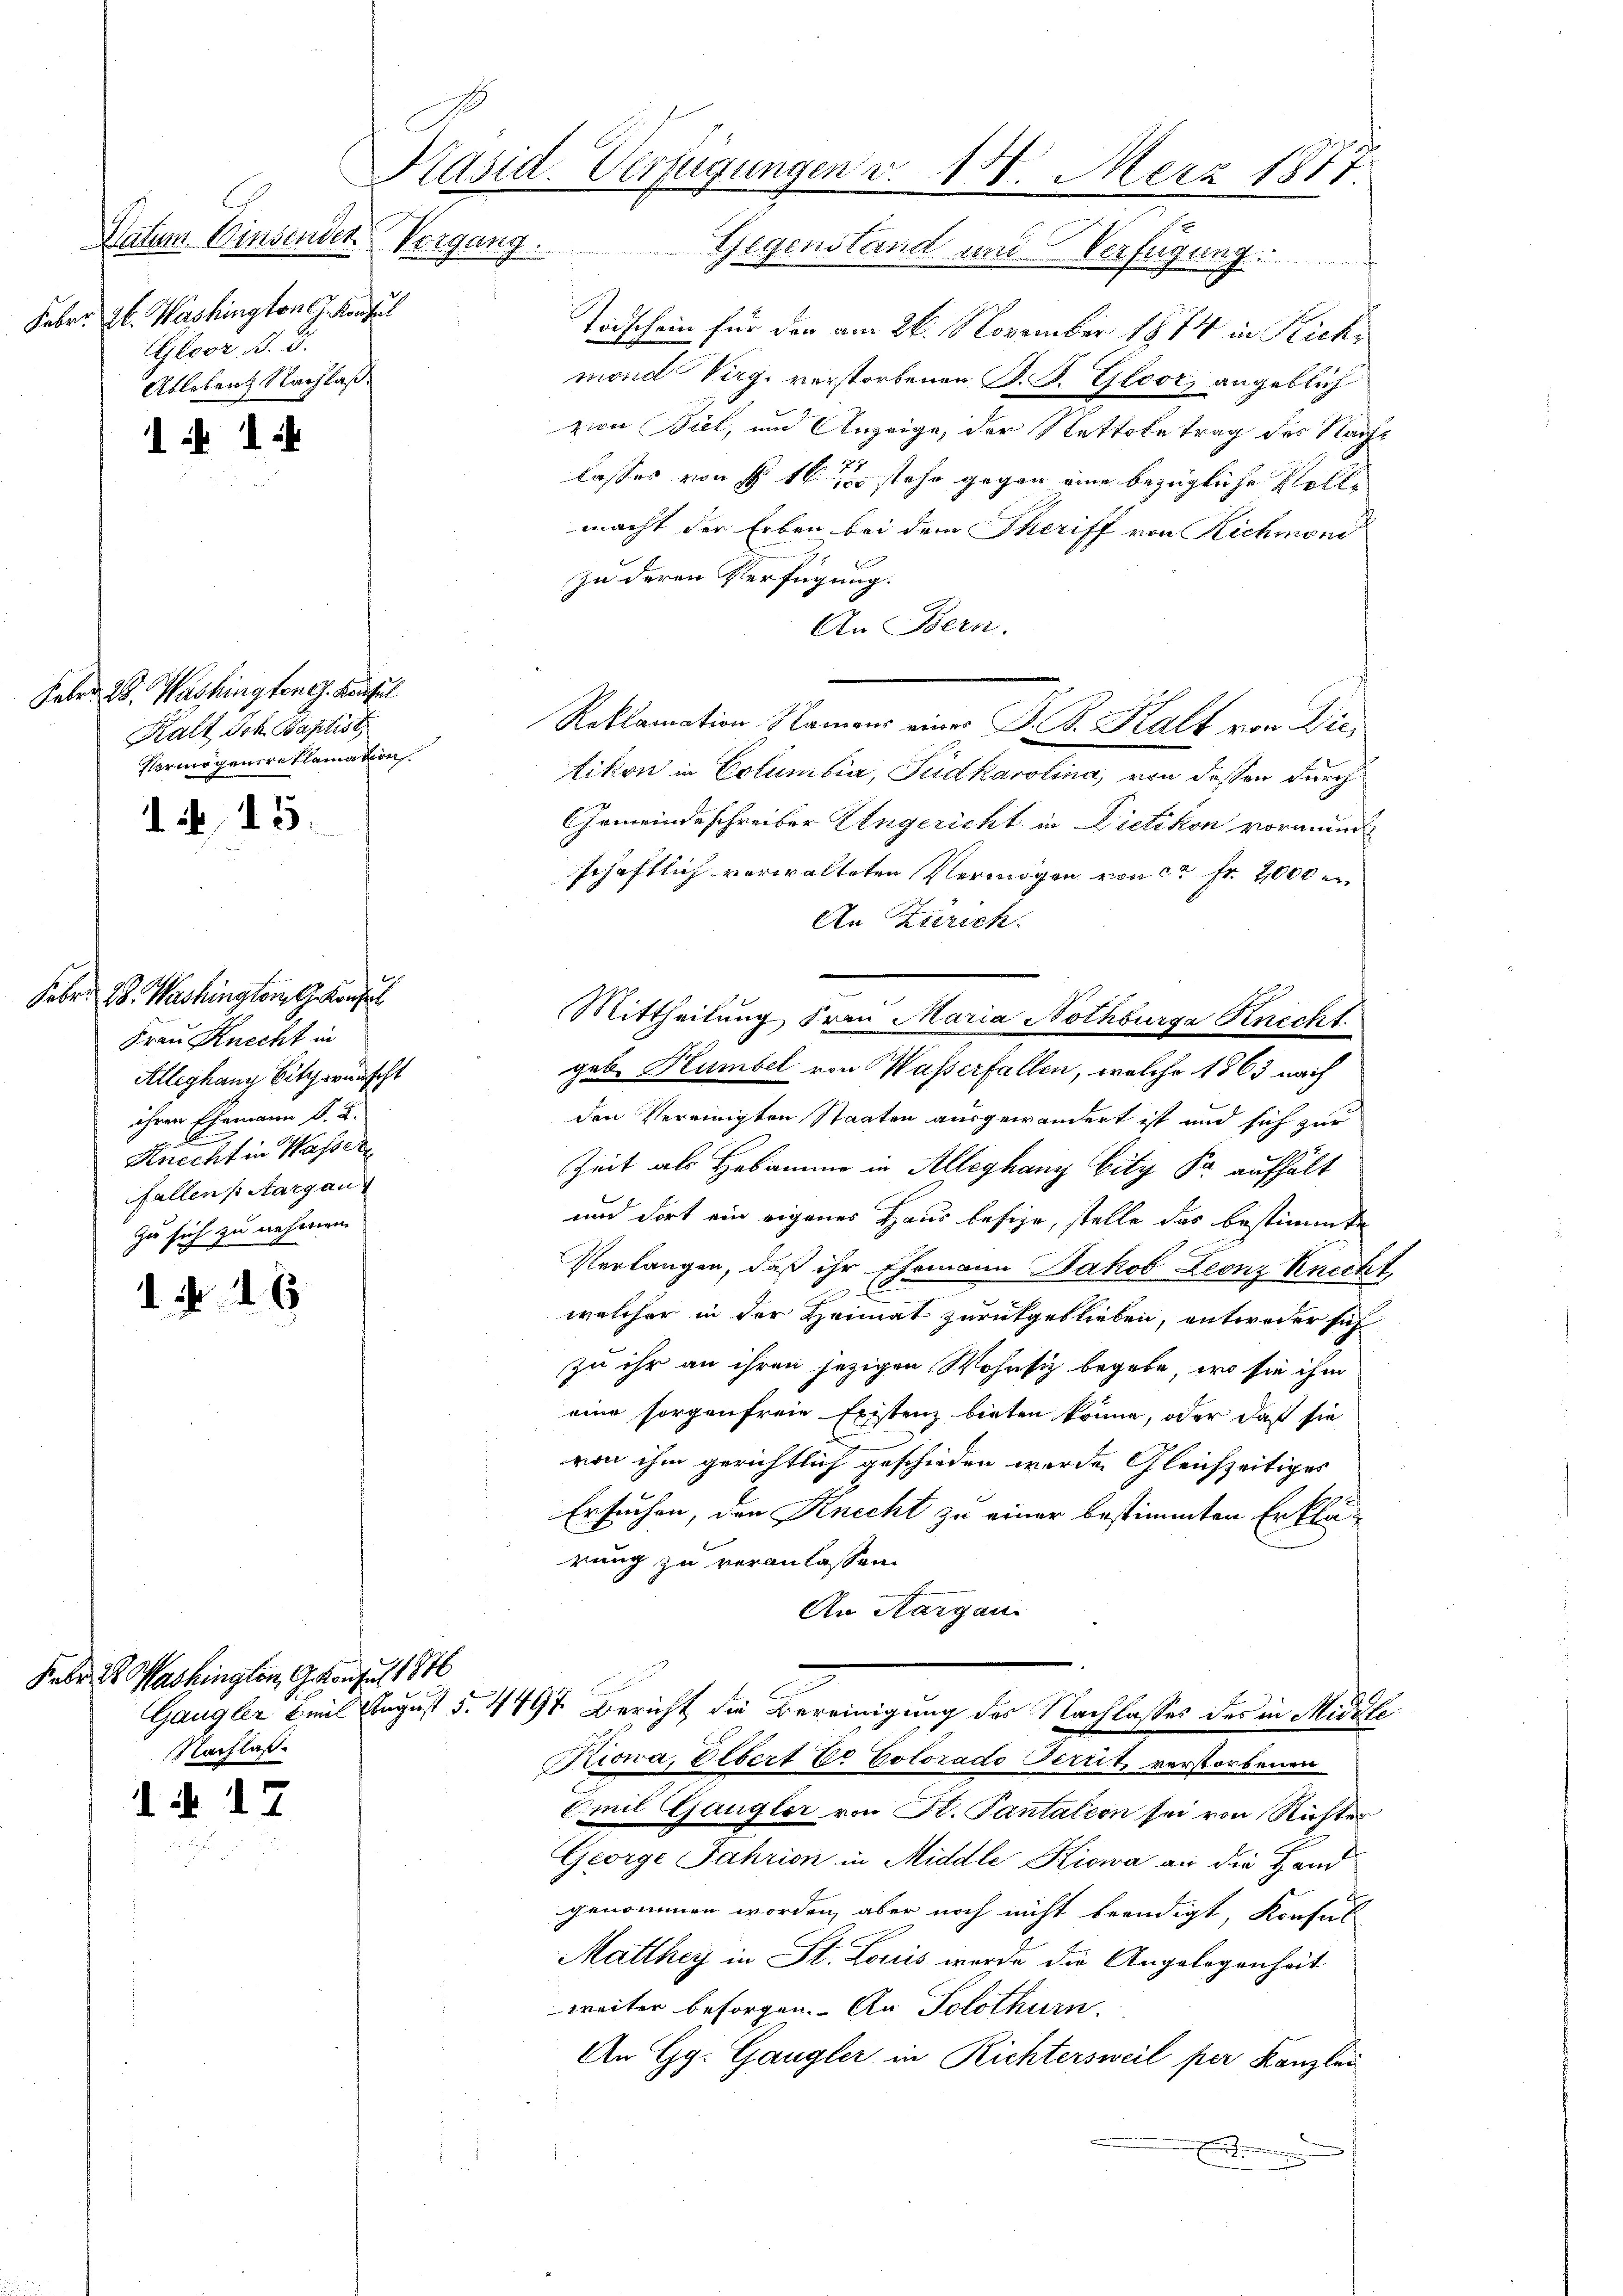
Datum. Einsenden Vergang.
Feber. Zt. Washington J. Konsul
Gloor B. 3.
Ableben Nachlaß.

1 1

Feber 28. Washingtone. Kaufel
Kalt ich Baptist
Vermögensreklamation

d. 15.

Febr. 18. Washington G. Konsul
Frau Knecht in
Alleghang Sitz wünscht
ihren Ehemann K. K.
Knecht in Wassere
fallens Aargau
zu sich zu nehmen.
d

1. 46

Feber der Washington, Gesangel 1876
Nachlaß.

N 17

Käsid. Verfügungen v. 18. Merz 1877
.
1
.

Todschein für der am 26. November 1874 in Richmond Virgi verstorbenen S. B. Gloor, angeblich
zion Biel, und Anzeige, der Nettobetrag des Nachlasses von § 16 stehe gegen eine bezügliche Vollmacht der Erben bei dem Theriff von Richmoni
zu deren Verfügung.
An Bern.
Reklamation Namens eines P. F. Kalk von Dietikon in Columbia, Pudkarolina, von dessen durch
Gemeindeschreiber Ungericht in Dietikon vormund
schaftlich verwalteten Vermögen von ca Fr. 2000 e
An Zürich.
Mittheilung Frau Maria Nothburg Knicht
geb. Humbel von Masserfallen, welche 1863 nach
den Vereinigten Staaten ausgewandert ist und sich zur
Zeit als Hebamme in Alleghang bity Kr aufhält
und dort ein eigenes Haus besize, stelle das bestimmte
Verlangen, daß ihr Ehemann Jakob Leonz Knecht,
2
welcher in der Heimat zurückgeblieben, entweder sich
zu ihr an ihren jezigen Wohnsiz begabe, wo sie ihm
eine sorgenfreie Existenz bieten könne, oder daß sie
von ihm gerichtlich geschieden werde. Gleichzeitiges
Ersuchen, den Knecht zu einer bestimmten Erklärung zu veranlassen.
An Aargau
Gangler beil August 5. 4497 Bericht die Bereinigung des Nachlasses des in Midale
Turowa, Elbert Dr Colorado Territ verstorbenen
Emil Gangler von P. Pantation sei von Richter
George Jahrion in Middle Kiowa an die Handgenommen worden, aber noch nicht beendigt, Konsul
Matthey in St. Louis wurde die Angelegenheit
weiter besorgen. An Solothurn.
An Gg. Gangler in Richtersweil per Kanzlei
.